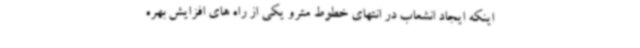
اینکه ایجاد انشعاب در انتهای خطوط مترو یکی از راه های افزایش بهره